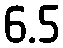
6.5